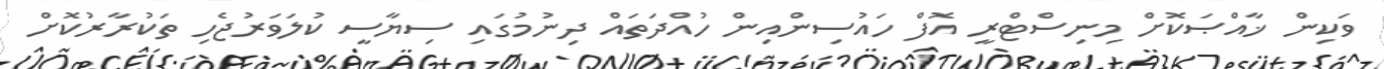
ވަކިން ޚާއްޞަކޮށް މިނިސްޓްރީ އޮފް ހައުސިންއިން ހުއްދަތައް ދިނުމުގައި ސިޔާސީ ކުލަވަރުޖެހި ތަކުރާރުކޮށް